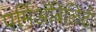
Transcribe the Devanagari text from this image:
पर्मिअॅबिलिटी